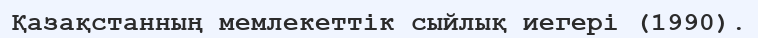
Қазақстанның мемлекеттік сыйлық иегері (1990).